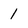
Character: 1